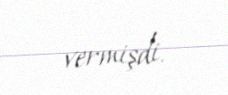
vermişdi.